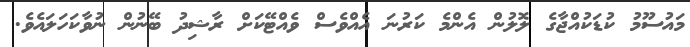
މައުސޫމު ކުޑަކުއްޖާގެ ލޮލުން އެންމެ ކަރުނަ އެއްވެސް ވެއްޓޭކަށް ރާޝިދު ބޭނުން ނުވާކަހަލައެވެ.